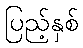
ပြည့်နှစ်